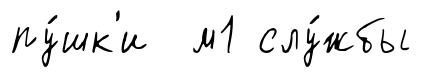
пу́шк'и м1 слу́жбы